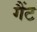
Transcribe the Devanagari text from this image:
गैंट